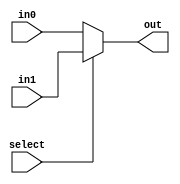
`timescale 1ns / 1ps
//////////////////////////////////////////////////////////////////////////////////
// Company: 
// Engineer: 
// 
// Design Name: 
// Module Name:    mux_2x1 
// Project Name: 
// Target Devices: 
// Tool versions: 
// Description: 
//
// Dependencies: 
//
// Revision: 
// Revision 0.01 - File Created
// Additional Comments: 
//
//////////////////////////////////////////////////////////////////////////////////
module mux_2x1(out, in0, in1, select);

input select;
input in0;
input in1;
output reg out;


//wire select;
//wire[1:0] in;
always @(select or in0 or in1)
begin
  if (select == 0)
    out = in0;
  else
    out = in1;
end





endmodule